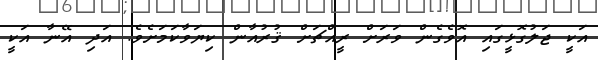
އަކީ ޖަލުގޮޅީގައި އޮވެގެން ވަރަށް ރީއްޗަށް ޤުރުއާން ކިޔަވާކަމަށެވެ. އަދި އޭނާ އަކީ